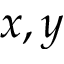
x , y